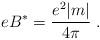
LaTeX: \begin{align*}e B^* = \frac {e^2 |m|} {4 \pi} \; .\end{align*}